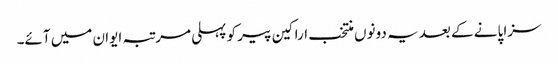
سزا پانے کے بعد یہ دونوں منتخب اراکین پیر کو پہلی مرتبہ ایوان میں آئے۔